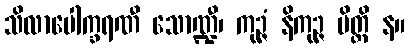
သိလာပေါက္ခရဏီ သောဏ္ဍီ၊ ကုဉ္ဇံ နိကုဉ္ဇ မိတ္ထိ န။